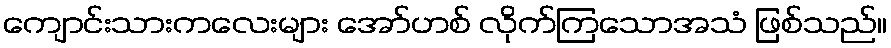
ကျောင်းသားကလေးများ အော်ဟစ် လိုက်ကြသောအသံ ဖြစ်သည်။